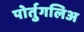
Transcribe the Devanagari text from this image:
पोर्तुगलिअ